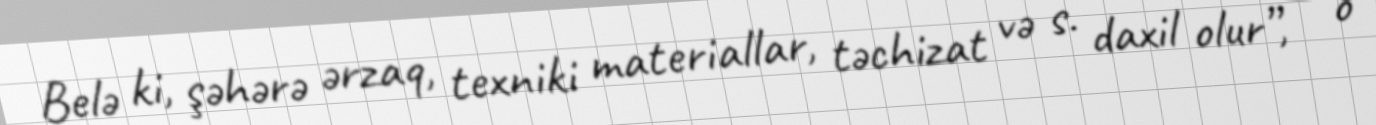
Belə ki, şəhərə ərzaq, texniki materiallar, təchizat və s. daxil olur”, - o